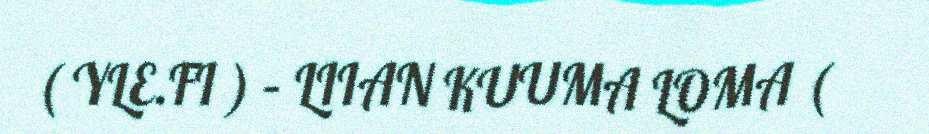
( YLE.FI ) – LIIAN KUUMA LOMA (